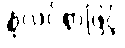
စုံလင်စွာဖြင့်